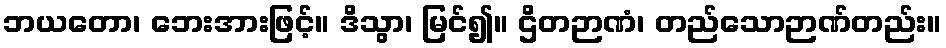
ဘယတော၊ ဘေးအားဖြင့်။ ဒိသွာ၊ မြင်၍။ ဌိတဉာဏံ၊ တည်သောဉာဏ်တည်း။